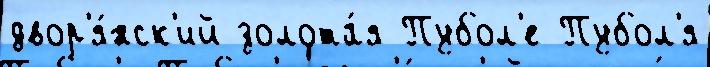
двор'я́нск'ий золота́я Пубол'е Пубол'я